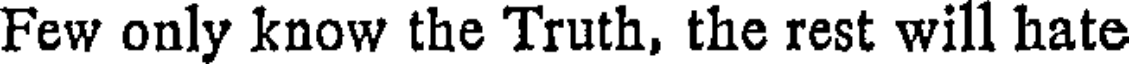
Few only know the Truth, the rest will hate